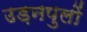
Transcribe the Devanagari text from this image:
उड़नपुलों